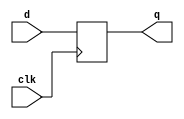
/*
 * delay.v
 *
 * vim: ts=4 sw=4
 *
 * Generates a delay line/bus
 *
 * Copyright (C) 2019-2020  Sylvain Munaut <tnt@246tNt.com>
 * SPDX-License-Identifier: CERN-OHL-P-2.0
 */

`default_nettype none

// ---------------------------------------------------------------------------
// Single line delay
// ---------------------------------------------------------------------------

module delay_bit #(
	parameter integer DELAY = 1
)(
	input  wire d,
	output wire q,
	input  wire clk
);

	reg [DELAY-1:0] dl;

	generate
		if (DELAY > 1)
			always @(posedge clk)
				dl <= { dl[DELAY-2:0], d };
		else
			always @(posedge clk)
				dl <= d;
	endgenerate

	assign q = dl[DELAY-1];

endmodule // delay_bit


// ---------------------------------------------------------------------------
// Bus delay
// ---------------------------------------------------------------------------

module delay_bus #(
	parameter integer DELAY = 1,
	parameter integer WIDTH = 1
)(
	input  wire [WIDTH-1:0] d,
	output wire [WIDTH-1:0] q,
	input  wire clk
);

	genvar i;
	reg [WIDTH-1:0] dl[0:DELAY-1];

	always @(posedge clk)
		dl[0] <= d;

	generate
		for (i=1; i<DELAY; i=i+1)
			always @(posedge clk)
				dl[i] <= dl[i-1];
	endgenerate

	assign q = dl[DELAY-1];

endmodule // delay_bus


// ---------------------------------------------------------------------------
// Toggle delay
// ---------------------------------------------------------------------------

module delay_toggle #(
	parameter integer DELAY = 1
)(
	input  wire d,
	output wire q,
	input  wire clk
);

	// FIXME: TODO

endmodule // delay_toggle